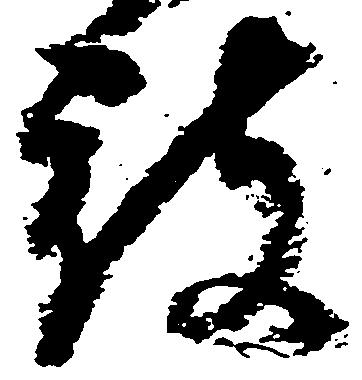
被